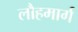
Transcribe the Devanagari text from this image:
लौहमार्ग